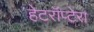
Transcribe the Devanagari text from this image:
हेटरॉप्टेरा